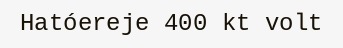
Hatóereje 400 kt volt